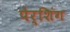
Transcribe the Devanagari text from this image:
पेर्शिंग